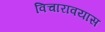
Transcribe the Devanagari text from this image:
विचारावयास